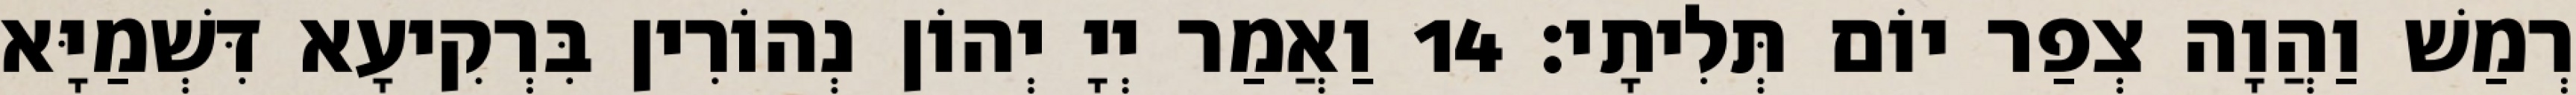
רְמַשׁ וַהֲוָה צְפַר יוֹם תְּלִיתָי׃ 14 וַאֲמַר יְיָ יְהוֹן נְהוֹרִין בִּרְקִיעָא דִּשְׁמַיָּא